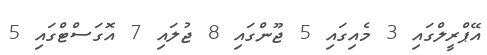
އޭޕްރީލްގައި 3 މެއިގައި 5 ޖޫންގައި 8 ޖުލައި 7 އޮގަސްޓްގައި 5